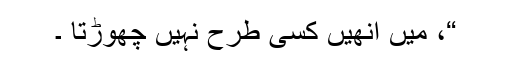
“، میں انھیں کسی طرح نہیں چھوڑتا ۔